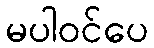
မပါဝင်ပေ